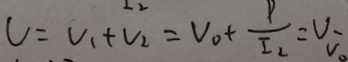
U = V _ { 1 } + V _ { 2 } = V _ { 0 } + \frac { P } { I _ { 2 } } = V - V _ { 0 }